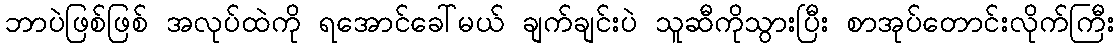
ဘာပဲဖြစ်ဖြစ် အလုပ်ထဲကို ရအောင်ခေါ်မယ် ချက်ချင်းပဲ သူဆီကိုသွားပြီး စာအုပ်တောင်းလိုက်ကြီး